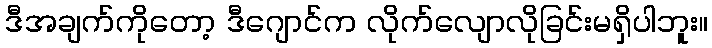
ဒီအချက်ကိုတော့ ဒီဂျောင်က လိုက်လျောလိုခြင်းမရှိပါဘူး။